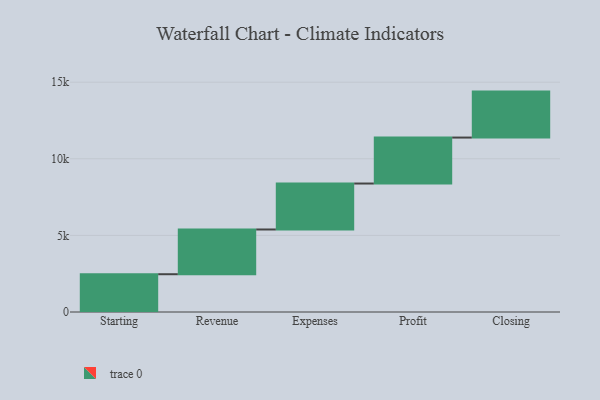
{"axis": {"x": "Step", "y": "Value"}, "legend": [""], "data": [{"x": "Starting", "y": 2466.0, "type": ""}, {"x": "Revenue", "y": 2919.0, "type": ""}, {"x": "Expenses", "y": 3000, "type": ""}, {"x": "Profit", "y": 3000, "type": ""}, {"x": "Closing", "y": 3000, "type": ""}]}